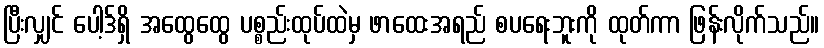
ပြီးလျှင် ပေါ့ဒ်ရှိ အထွေထွေ ပစ္စည်းထုပ်ထဲမှ ဖာထေးအရည် စပရေးဘူးကို ထုတ်ကာ ဖြန်းလိုက်သည်။